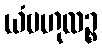
ယံဗဟုလဉ္စ